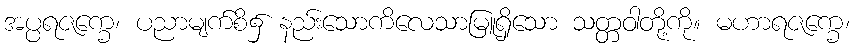
အပ္ပရဇက္ခေ၊ ပညာမျက်စိ၌ နည်းသောကိလေသာမြူရှိသော သတ္တဝါတို့ကို။ မဟာရဇက္ခေ၊